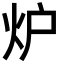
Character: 炉